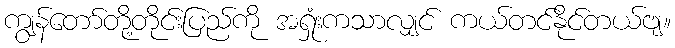
ကျွန်တော်တို့တိုင်းပြည်ကို အရှုံးကသာလျှင် ကယ်တင်နိုင်တယ်ဗျ။